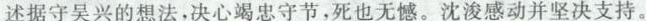
述据守吴兴的想法，决心竭忠守节，死也无憾。沈浚感动并坚决支持。